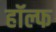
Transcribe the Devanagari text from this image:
हॉल्फ